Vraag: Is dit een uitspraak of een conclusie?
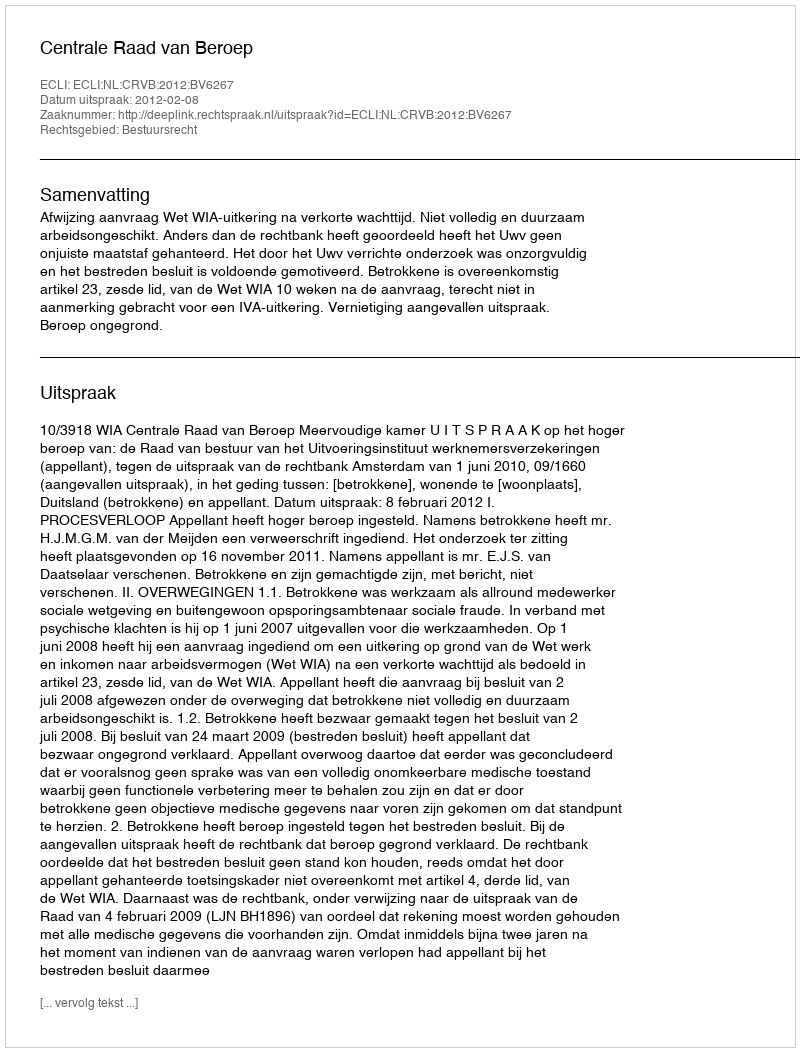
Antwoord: Uitspraak